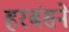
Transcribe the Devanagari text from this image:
हरबंसने